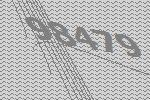
98479